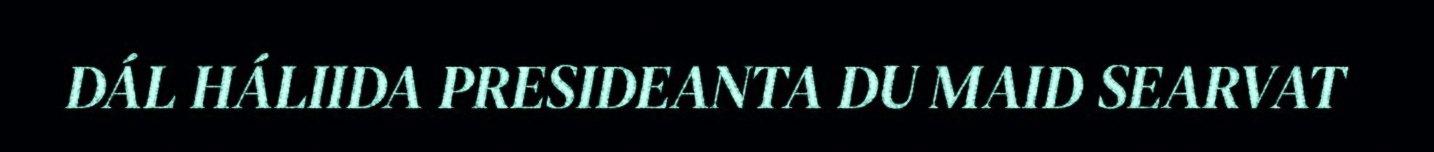
DÁL HÁLIIDA PRESIDEANTA DU MAID SEARVAT